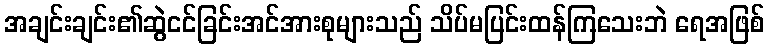
အချင်းချင်း၏ဆွဲငင်ခြင်းအင်အားစုများသည် သိပ်မပြင်းထန်ကြသေးဘဲ ရေအဖြစ်